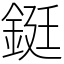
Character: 鋌